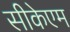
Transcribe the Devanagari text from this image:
सीकेएम